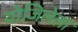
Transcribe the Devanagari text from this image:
योजिलेला